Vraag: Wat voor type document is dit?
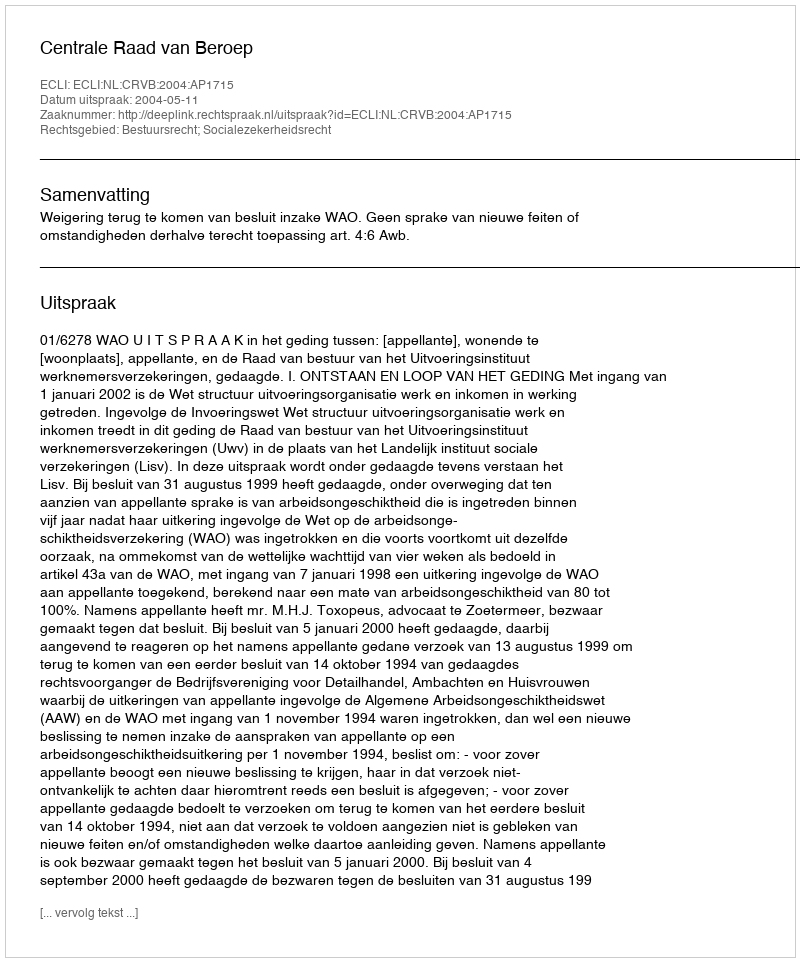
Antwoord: Uitspraak